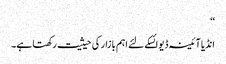
‘‘
انڈیا آئینہ ڈیوائسکے لئے اہم بازار کی حیثیت رکھتا ہے۔